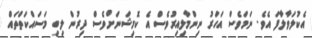
އެކުލަވާލާފަ އެވެ. ނަމަވެސް އަހަރު ނިންމާލިއިރުވެސް އެ ކޮމިޝަނަށްވެސް ދިރުން ލިބި މަސައްކަތްތައް